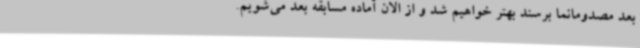
بعد مصدومانما برسند بهتر خواهیم شد و از الان آماده مسابقه بعد می‌شویم.